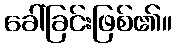
ခေါ်ခြင်းဖြစ်၏။